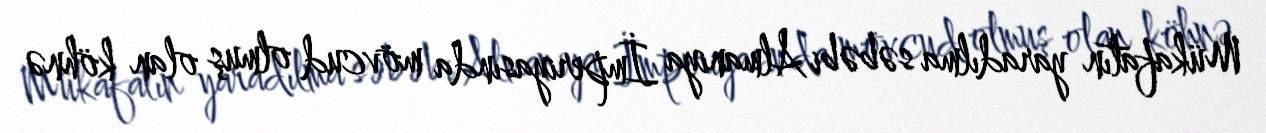
Mükafatın yaradılma səbəbi Almaniya İmperiyasında mövcud olmuş olan köhnə